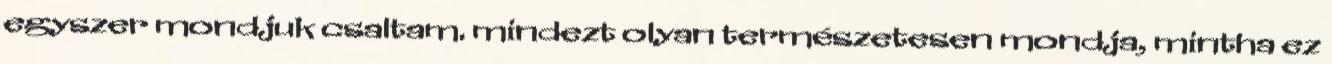
egyszer mondjuk csaltam. mindezt olyan természetesen mondja, mintha ez